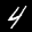
Label: 4